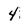
Character: 4